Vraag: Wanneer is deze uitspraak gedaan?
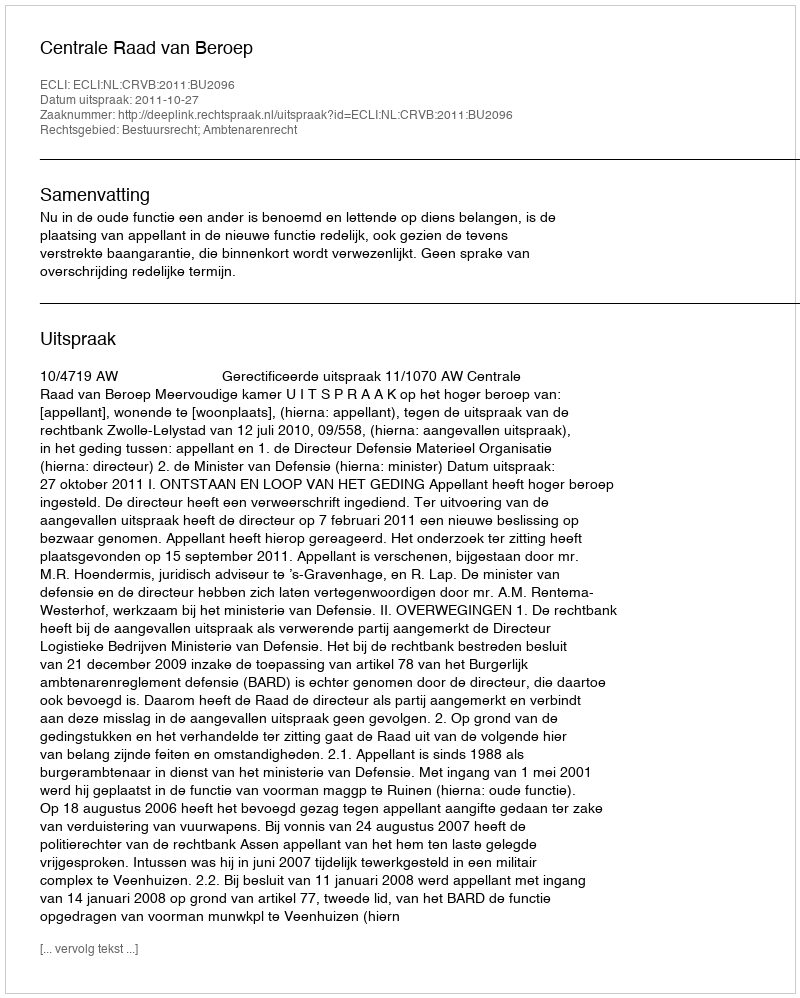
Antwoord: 2011-10-27